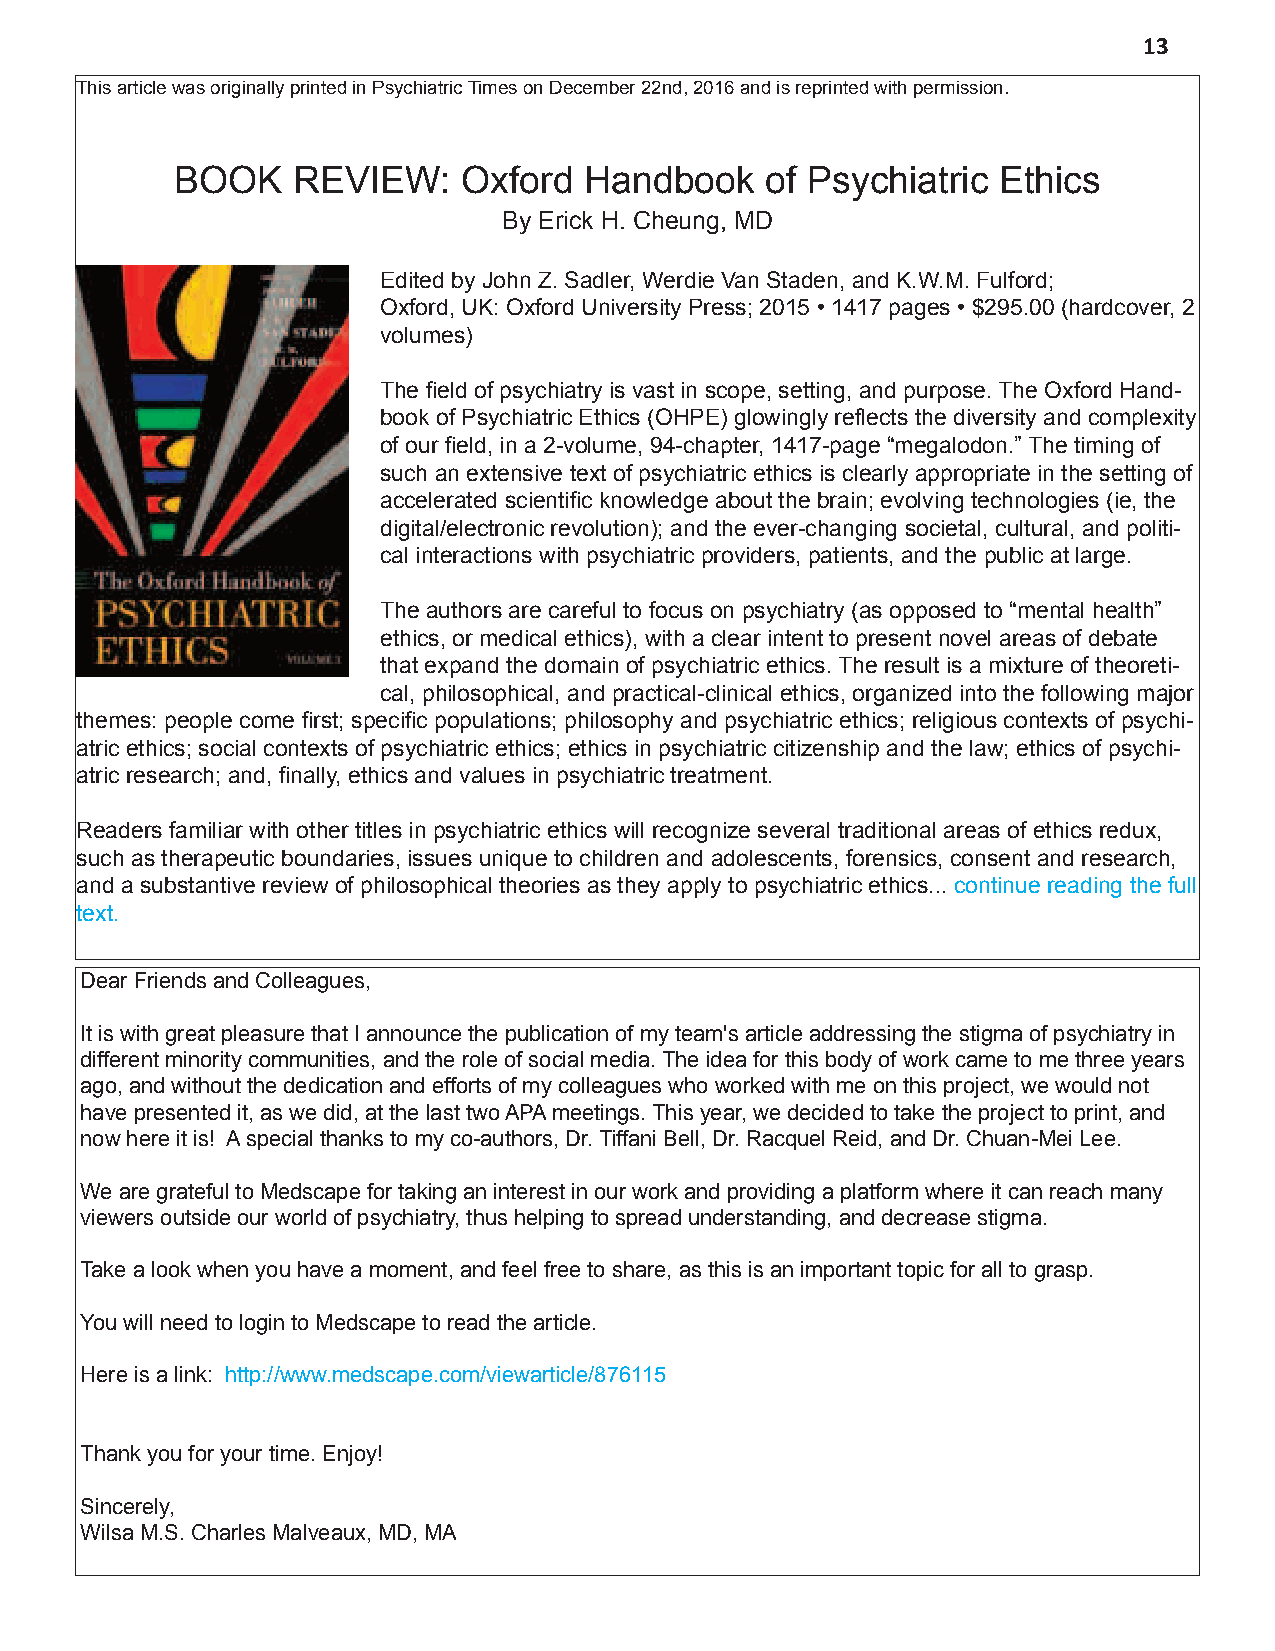
13
 This article was originally printed in Psychiatric Times on December 22nd, 2016 and is reprinted with permission.
 BOOK   REVIEW:     Oxford  Handbook    of Psychiatric Ethics
 By Erick H. Cheung, MD
 Edited by John Z. Sadler, Werdie Van Staden, and K.W.M. Fulford;
 Oxford, UK: Oxford University Press; 2015 • 1417 pages • $295.00 (hardcover, 2
 volumes)
 The field of psychiatry is vast in scope, setting, and purpose. The Oxford Hand-
 book of Psychiatric Ethics (OHPE) glowingly reflects the diversity and complexity
 of our field, in a 2-volume, 94-chapter, 1417-page “megalodon.” The timing of
 such an extensive text of psychiatric ethics is clearly appropriate in the setting of
 accelerated scientific knowledge about the brain; evolving technologies (ie, the
 digital/electronic revolution); and the ever-changing societal, cultural, and politi-
 cal interactions with psychiatric providers, patients, and the public at large.
 The authors are careful to focus on psychiatry (as opposed to “mental health”
 ethics, or medical ethics), with a clear intent to present novel areas of debate
 that expand the domain of psychiatric ethics. The result is a mixture of theoreti-
 cal, philosophical, and practical-clinical ethics, organized into the following major
 themes: people come first; specific populations; philosophy and psychiatric ethics; religious contexts of psychi-
 atric ethics; social contexts of psychiatric ethics; ethics in psychiatric citizenship and the law; ethics of psychi-
 atric research; and, finally, ethics and values in psychiatric treatment.
 Readers familiar with other titles in psychiatric ethics will recognize several traditional areas of ethics redux,
 such as therapeutic boundaries, issues unique to children and adolescents, forensics, consent and research,
 and a substantive review of philosophical theories as they apply to psychiatric ethics... continue reading the full
 text.
 Dear Friends and Colleagues,
 It is with great pleasure that I announce the publication of my team's article addressing the stigma of psychiatry in
 different minority communities, and the role of social media. The idea for this body of work came to me three years
 ago, and without the dedication and efforts of my colleagues who worked with me on this project, we would not
 have presented it, as we did, at the last two APA meetings. This year, we decided to take the project to print, and
 now here it is! A special thanks to my co-authors, Dr. Tiffani Bell, Dr. Racquel Reid, and Dr. Chuan-Mei Lee.
 We are grateful to Medscape for taking an interest in our work and providing a platform where it can reach many
 viewers outside our world of psychiatry, thus helping to spread understanding, and decrease stigma.
 Take a look when you have a moment, and feel free to share, as this is an important topic for all to grasp.
 You will need to login to Medscape to read the article.
 Here is a link: http://www.medscape.com/viewarticle/876115
 Thank you for your time. Enjoy!
 Sincerely,
 Wilsa M.S. Charles Malveaux, MD, MA